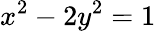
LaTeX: x^{2}-2y^{2}=1